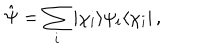
LaTeX: \hat { \Psi } = \sum _ { i } | \chi _ { i } \rangle \psi _ { i } \langle \chi _ { i } | \, ,